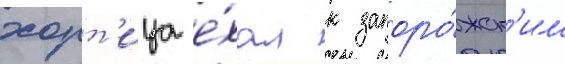
хорт'ица е́хал к запоро́жск'им